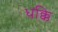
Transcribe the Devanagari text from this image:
धक्कि